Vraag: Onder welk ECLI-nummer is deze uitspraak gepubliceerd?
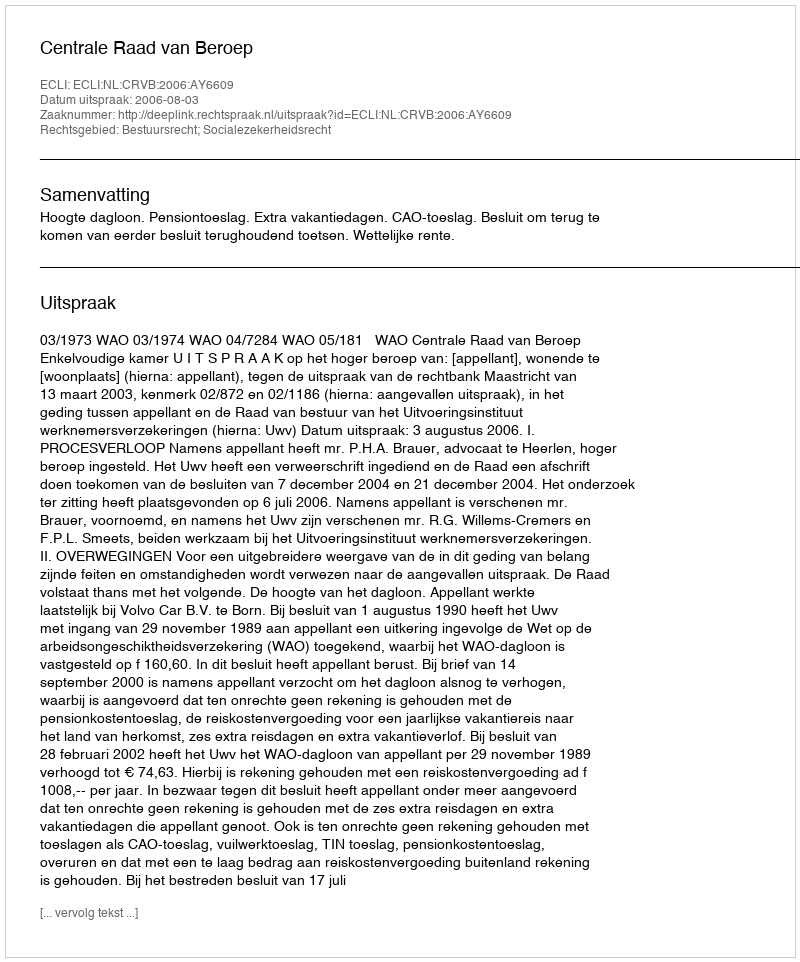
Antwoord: ECLI:NL:CRVB:2006:AY6609